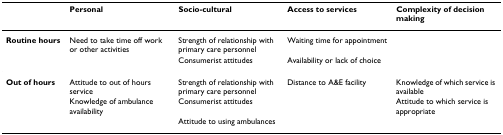
<table><thead><tr><td></td><td><b>Personal</b></td><td><b>Socio-cultural</b></td><td><b>Access to services</b></td><td><b>Complexity of decision making</b></td></tr></thead><tbody><tr><td><b>Routine hours</b></td><td>Need to take time off work or other activities</td><td>Strength of relationship with primary care personnel</td><td>Waiting time for appointment</td><td></td></tr><tr><td></td><td></td><td>Consumerist attitudes</td><td>Availability or lack of choice</td><td></td></tr><tr><td><b>Out of hours</b></td><td>Attitude to out of hours service</td><td>Strength of relationship with primary care personnel</td><td>Distance to A&amp;E facility</td><td>Knowledge of which service is available</td></tr><tr><td></td><td>Knowledge of ambulance availability</td><td>Consumerist attitudes</td><td></td><td>Attitude to which service is appropriate</td></tr><tr><td></td><td></td><td>Attitude to using ambulances</td><td></td><td></td></tr></tbody></table>